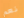
نعم